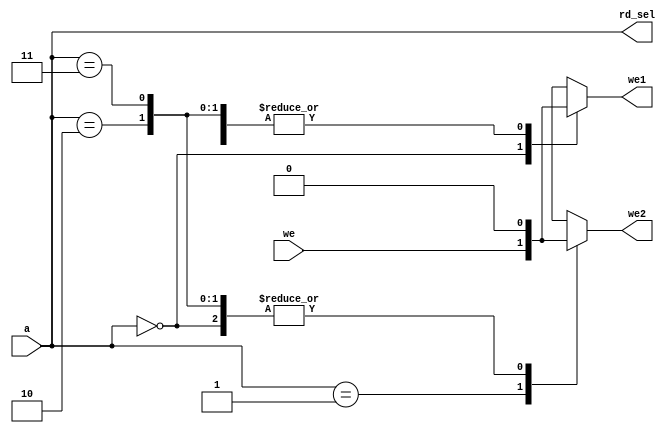
`timescale 1ns / 1ps


module fact_ad(
    input wire [1:0]a,
    input wire we,
    output reg we1,
    output reg we2,
    output wire [1:0]rd_sel
    );
    
    assign rd_sel = a;
    
    always @(*) begin
        case (a)
            //Location 00: Selects the input register for writing, outputs the input value
            2'b00: begin
                we1 = we;
                we2 = 1'b0;
            end
            
            //Location 01: Selects the go register for writing, outputs the go signal
            2'b01: begin
                we1 = 1'b0;
                we2 = we;
            end
            
            //Location 10: Disables all writes, outputs the status (err and done bits)
            2'b10: begin
                we1 = 1'b0;
                we2 = 1'b0;
            end
            
            //Location 11: Disables all writes, outputs the result
            2'b11: begin
                we1 = 1'b0;
                we2 = 1'b0;
            end
            
            default begin
                we1 = 1'bx;
                we2 = 1'bx;
            end
        endcase
    end
endmodule